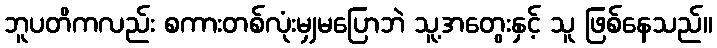
ဘူပတိကလည်း စကားတစ်လုံးမျှမပြောဘဲ သူ့အတွေးနှင့် သူ ဖြစ်နေသည်။